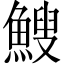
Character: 䱸